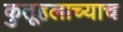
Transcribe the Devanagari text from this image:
कुतूहलाच्याच